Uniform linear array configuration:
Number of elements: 12
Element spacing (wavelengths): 0.5
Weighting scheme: blackman
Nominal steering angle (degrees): -60
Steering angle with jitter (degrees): -59.199
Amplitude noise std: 0.05
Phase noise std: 0.05

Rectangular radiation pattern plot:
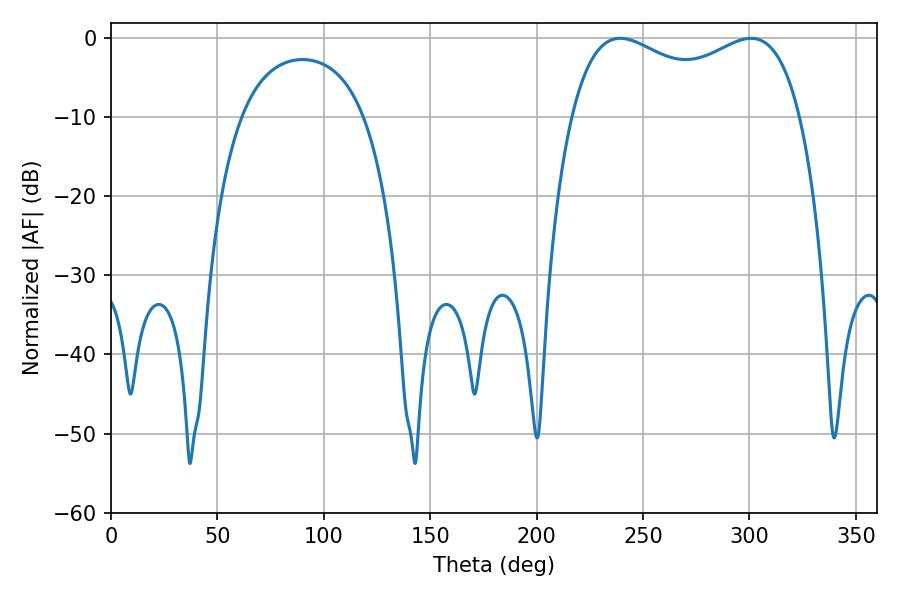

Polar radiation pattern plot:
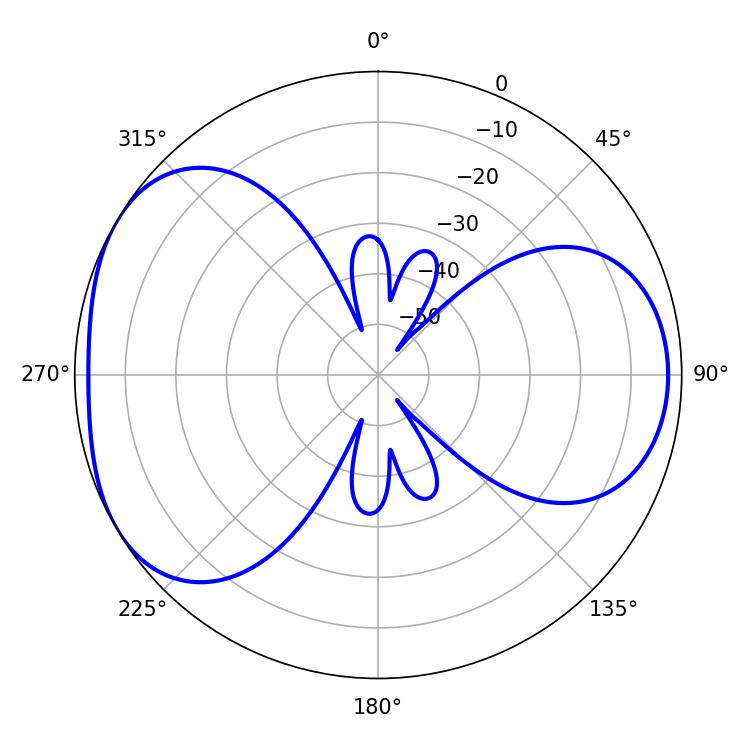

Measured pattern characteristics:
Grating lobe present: FALSE
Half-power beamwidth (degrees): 89.28
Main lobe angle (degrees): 239.22